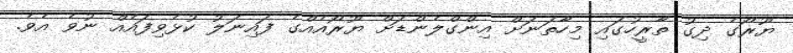
ޔޫރޯގެ ދިގު ތާރީހުގައި މިހާތަނަށް އިންގްލެންޑަށް ޔޫރޯއެއްގެ ފައިނަލު ކުޅެވިފައެއް ނުވެ އެވެ.